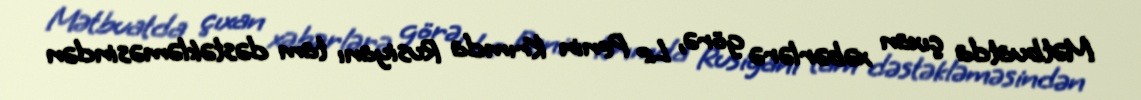
Mətbuatda çıxan xəbərlərə görə, Le Penin Krımda Rusiyanı tam dəstəkləməsindən